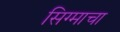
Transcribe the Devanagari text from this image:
सिग्माचा